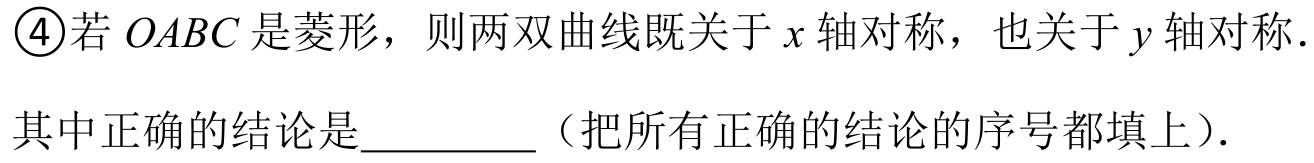
\textcircled{4}若\(OABC\)是菱形，则两双曲线既关于\(x\)轴对称，也关于\(y\)轴对称.
其中正确的结论是________（把所有正确的结论的序号都填上）.